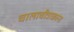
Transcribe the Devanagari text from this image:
चालाचीत्राक्रांना